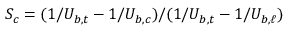
S _ { c } = ( 1 / U _ { b , t } - 1 / U _ { b , c } ) / ( 1 / U _ { b , t } - 1 / U _ { b , \ell } )